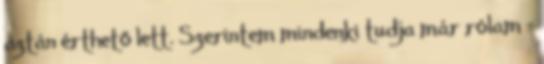
aztán érthető lett. Szerintem mindenki tudja már rólam -